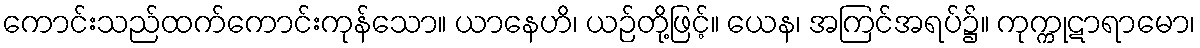
ကောင်းသည်ထက်ကောင်းကုန်သော။ ယာနေဟိ၊ ယဉ်တို့ဖြင့်။ ယေန၊ အကြင်အရပ်၌။ ကုက္ကုဋာရာမော၊